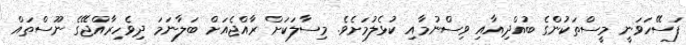
ފަސޭހަވަނީ މީސްތަކުންގެ ބުއްދިއާއި ވިސްނުމާއި ކުޅެލުމަށެވެ. މިސާލަކަށް ރާއްޖެއަށް ބަލާނަަމަ ދިވެހިރާއްޖޭގެ ނޫސްތައް